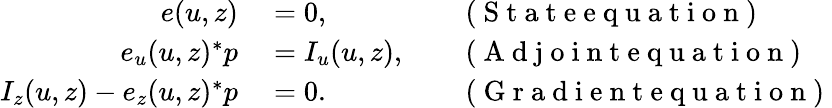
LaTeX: \begin{array}{rlrl}{e(u,z)}&{{}=0,}&{}&{{}\mathrm{~(~S~t~a~t~e~e~q~u~a~t~i~o~n~)~}}\\ {e_{u}(u,z)^{*}p}&{{}=I_{u}(u,z),}&{}&{{}\mathrm{~(~A~d~j~o~i~n~t~e~q~u~a~t~i~o~n~)~}}\\ {I_{z}(u,z)-e_{z}(u,z)^{*}p}&{{}=0.}&{}&{{}\mathrm{~(~G~r~a~d~i~e~n~t~e~q~u~a~t~i~o~n~)~}}\end{array}